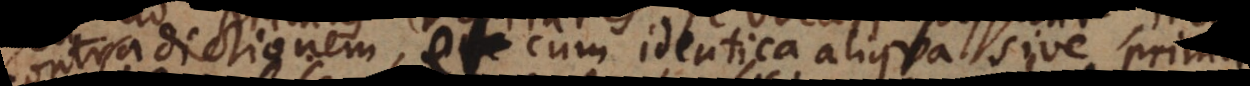
contradictionem, et cum identica aliqua sive prima